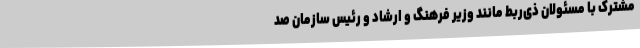
مشترک با مسئولان ذی‌ربط مانند وزیر فرهنگ و ارشاد و رئیس سازمان صد